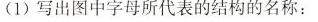
(1)写出图中字母所代表的结构的名称：